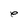
Character: e